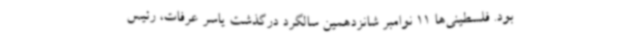
بود. فلسطینی‌ها 11 نوامبر شانزدهمین سالگرد درگذشت یاسر عرفات، رئیس